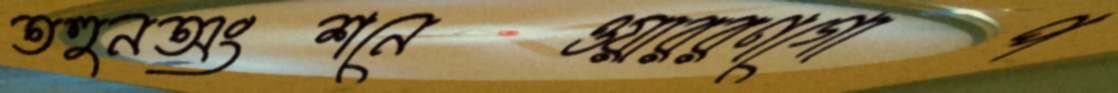
তহুনঅংশনেওয়াররণগোপ